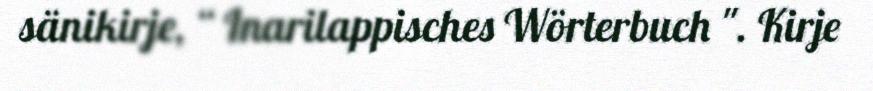
sänikirje, “ Inarilappisches Wörterbuch ". Kirje